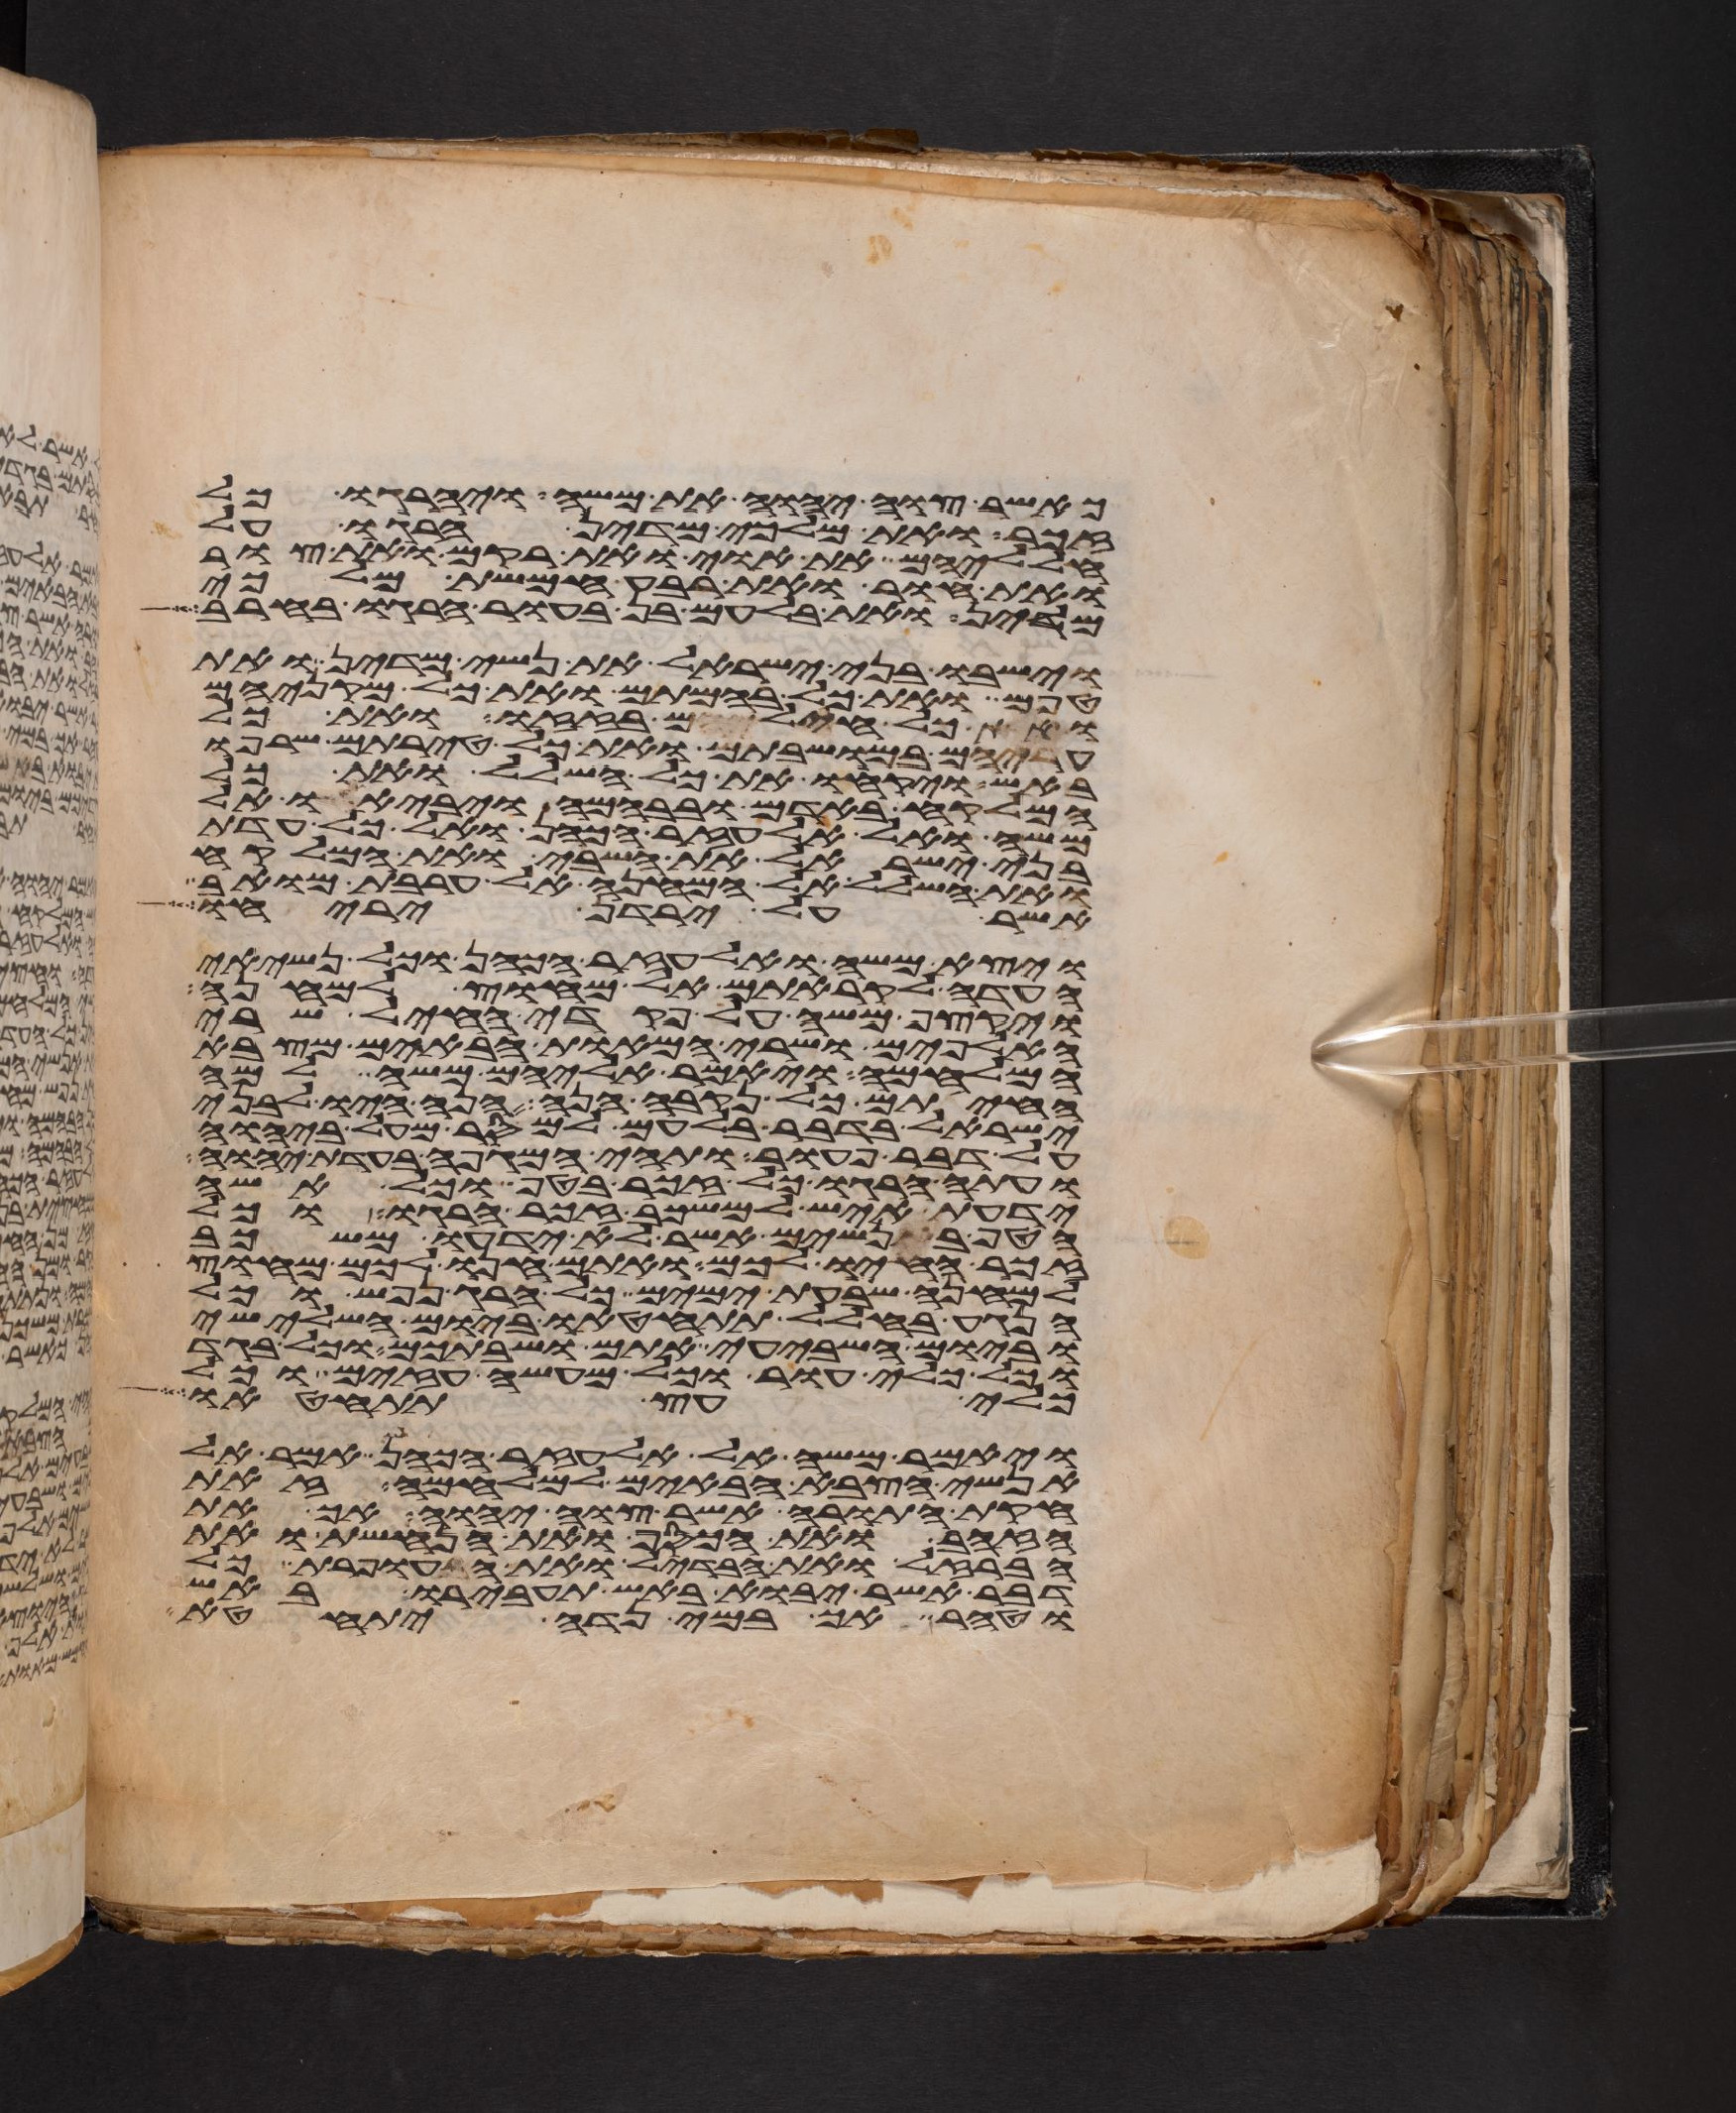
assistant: כאשר צוה יהוה את משה ויהרגו כל
זכר ואת מלכי מדין הרגו על
חלליהם את אוי ואת רקם ואת צור
ואת חור ואת רבע חמשת מלכי
מדין ואת בלעם בן בעור הרגו בחרב
וישבו בני ישראל את נשי מדין ואת
טפם ואת כל בהמתם ואת כל מקניהם
ואת כל חילם בזזו ואת כל
עריהם במושבתם ואת כל טירתם שרפו
באש ויקחו את כל השלל ואת כל
המלקח באדם ובבהמה ויביאו אל
משה ואל אלעזר הכהן ואל כל עדת
בני ישראל את השבי ואת המלקח
ואת השלל אל המחנה אל ערבת מואב
אשר על ירדן יריחו
ויצא משה ואלעזר הכהן וכל נשיאי
העדה לקראתם אל מחוץ למחנה
ויקצף משה על פקדי החיל שרי
האלפים ושרי המאות הבאים מצבא
המלחמה ויאמר אליהם משה למה
החיתם כל נקבה הנה הנה היו לבני
ישראל בדבר בלעם למסר מעל ביהוה
על דבר פעור ותהי המגפה בעדת יהוה
ועתה הרגו כל זכר בטף וכל אשה
ידעת איש למשכב זכר הרגו וכל
הטף בנשים אשר לא ידעו משכב
זכר חיו לכם ואתם חנו לכם מחוץ
למחנה שבעת ימים כל הרג נפש וכל
הנגע בחלל תתחטאו ביום השלישי
וביום השביעי אתם ושביתכם וכל בגד
וכל כלי עור וכל מעשה עזים וכל
כלי עץ תתחטאו
ויאמר משה אל אלעזר הכהן אמר אל
אנשי הצבא הבאים למלחמה זאת
חקת התורה אשר צוה יהוה אך את
הזהב ואת הכסף ואת הנחשת ואת
הברזל ואת הבדיל ואת העופרת כל
דבר אשר יבוא באש תעבירו באש
וטהר אך במי נדה יתחטא